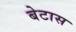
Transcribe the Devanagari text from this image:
बेटास